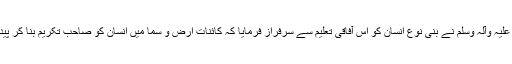
آپ صلی اللہ علیہ وآلہ وسلم نے بنی نوع انسان کو اس آفاقی تعلیم سے سرفراز فرمایا کہ کائنات ارض و سما میں انسان کو صاحب تکریم بنا کر پیدا کیا گیا ہے۔